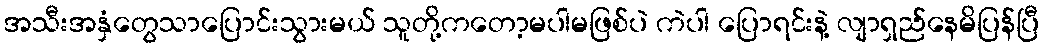
အသီးအနှံတွေသာပြောင်းသွားမယ် သူတို့ကတော့မပါမဖြစ်ပဲ ကဲပါ ပြောရင်းနဲ့ လျာရှည်နေမိပြန်ပြီ